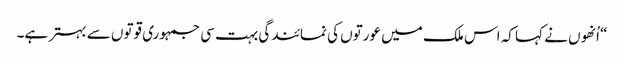
“ اُنھوں نے کہا کہ اس ملک میں عورتوں کی نمائندگی بہت سی جمہوری قوتوں سے بہتر ہے۔